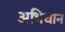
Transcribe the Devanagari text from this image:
अभिघान